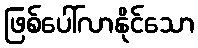
ဖြစ်ပေါ်လာနိုင်သော